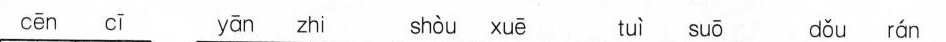
cen ci yan zhi shou xue tui suo dou ran